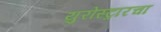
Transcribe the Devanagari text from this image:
युरोस्ट्रारचा